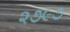
૨૭૯૭